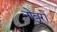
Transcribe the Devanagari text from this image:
नोबुरो